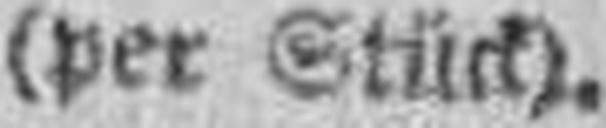
(per Stück).